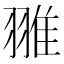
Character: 𦑏